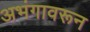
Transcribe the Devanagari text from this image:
अभंगावरून